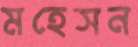
মহেসন